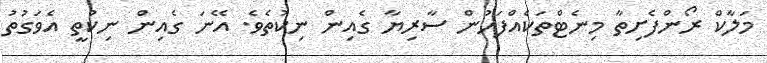
މަލާކް ރޯންފެށިތާ މިނެޓްތަކެއްފަހުން ސާރިޔާ ގެއިން ނިކުތެވެ. އޭނަ ގެއިން ނިކުތީ އެވަގުތު